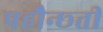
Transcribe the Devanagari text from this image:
पहौन्छ्ती